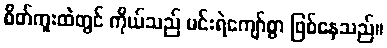
စိတ်ကူးထဲတွင် ကိုယ်သည် မင်းရဲကျော်စွာ ဖြစ်နေသည်။